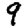
Digit: 9